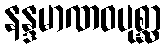
နန္ဒမာဏဝပုစ္ဆာ